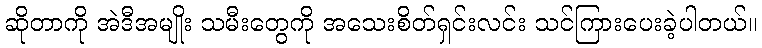
ဆိုတာကို အဲဒီအမျိုး သမီးတွေကို အသေးစိတ်ရှင်းလင်း သင်ကြားပေးခဲ့ပါတယ်။